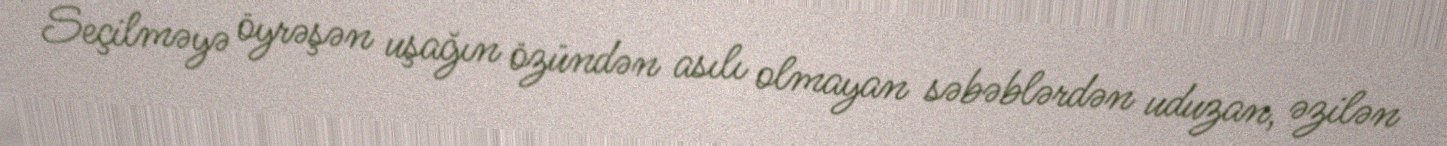
Seçilməyə öyrəşən uşağın özündən asılı olmayan səbəblərdən uduzan, əzilən